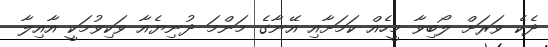
ދެކެ ވަރަށް ލޯބިވާ މީހެއް ކަމަށާއި އޭނާގެ މަންމަ ދުނިޔެއާ ވަކިވުމަކީ އާއިލާ